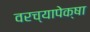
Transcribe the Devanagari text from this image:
वरच्यापेक्षा